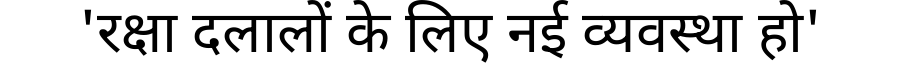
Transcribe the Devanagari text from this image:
'रक्षा दलालों के लिए नई व्यवस्था हो'